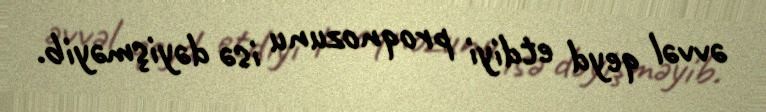
əvvəl qeyd etdiyi proqnozunu isə dəyişməyib.